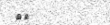
٣٨